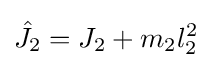
{\hat {J_{2}}}=J_{2}+m_{2}l_{2}^{2}